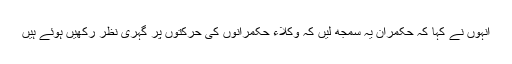
انہوں نے کہا کہ حکمران یہ سمجھ لیں کہ وکلاء حکمرانوں کی حرکتوں پر گہری نظر رکھیں ہوئے ہیں